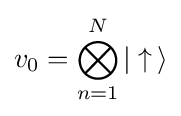
v_{0}=\bigotimes _{n=1}^{N}|\uparrow \,\rangle